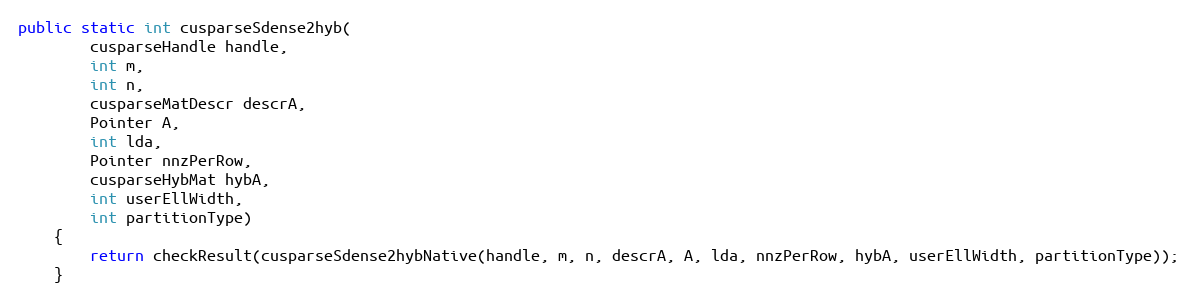
Language: Java
public static int cusparseSdense2hyb(
        cusparseHandle handle,
        int m,
        int n,
        cusparseMatDescr descrA,
        Pointer A,
        int lda,
        Pointer nnzPerRow,
        cusparseHybMat hybA,
        int userEllWidth,
        int partitionType)
    {
        return checkResult(cusparseSdense2hybNative(handle, m, n, descrA, A, lda, nnzPerRow, hybA, userEllWidth, partitionType));
    }